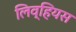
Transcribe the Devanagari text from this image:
लिव्हियस